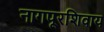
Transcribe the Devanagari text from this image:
नागपूरशिवाय